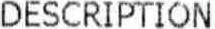
DESCRIPTION